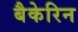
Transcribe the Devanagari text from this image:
बैकेरिन